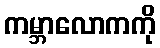
ကမ္ဘာလောကကို